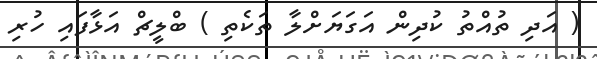
( އަދި ތުއްތު ކުދިން އަގަޔަށްލާ ތަކެތި ) ބްލީޗް އަޅާފައި ހުރި